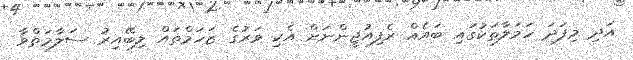
އަދި މިފަދަ ހަމަލާތަކުގައި ބައެއް ރެފިއުޖީންނަށް އެކި ވަރުގެ ޒަހަމްތައް ލިބޭއިރު ސަލާމަތްވާ